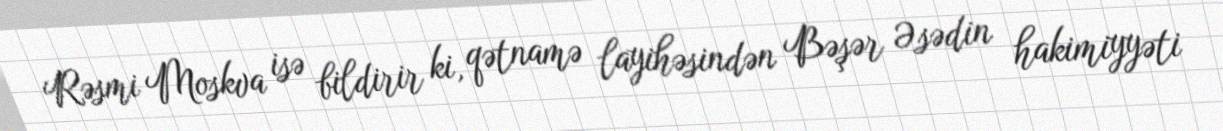
Rəsmi Moskva isə bildirir ki, qətnamə layihəsindən Bəşər Əsədin hakimiyyəti